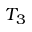
T _ { 3 }